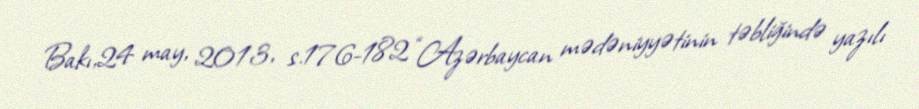
Bakı,24 may, 2013, s.176-182 “Azərbaycan mədəniyyətinin təbliğində yazılı